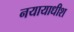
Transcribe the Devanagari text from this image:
नयायाधीश